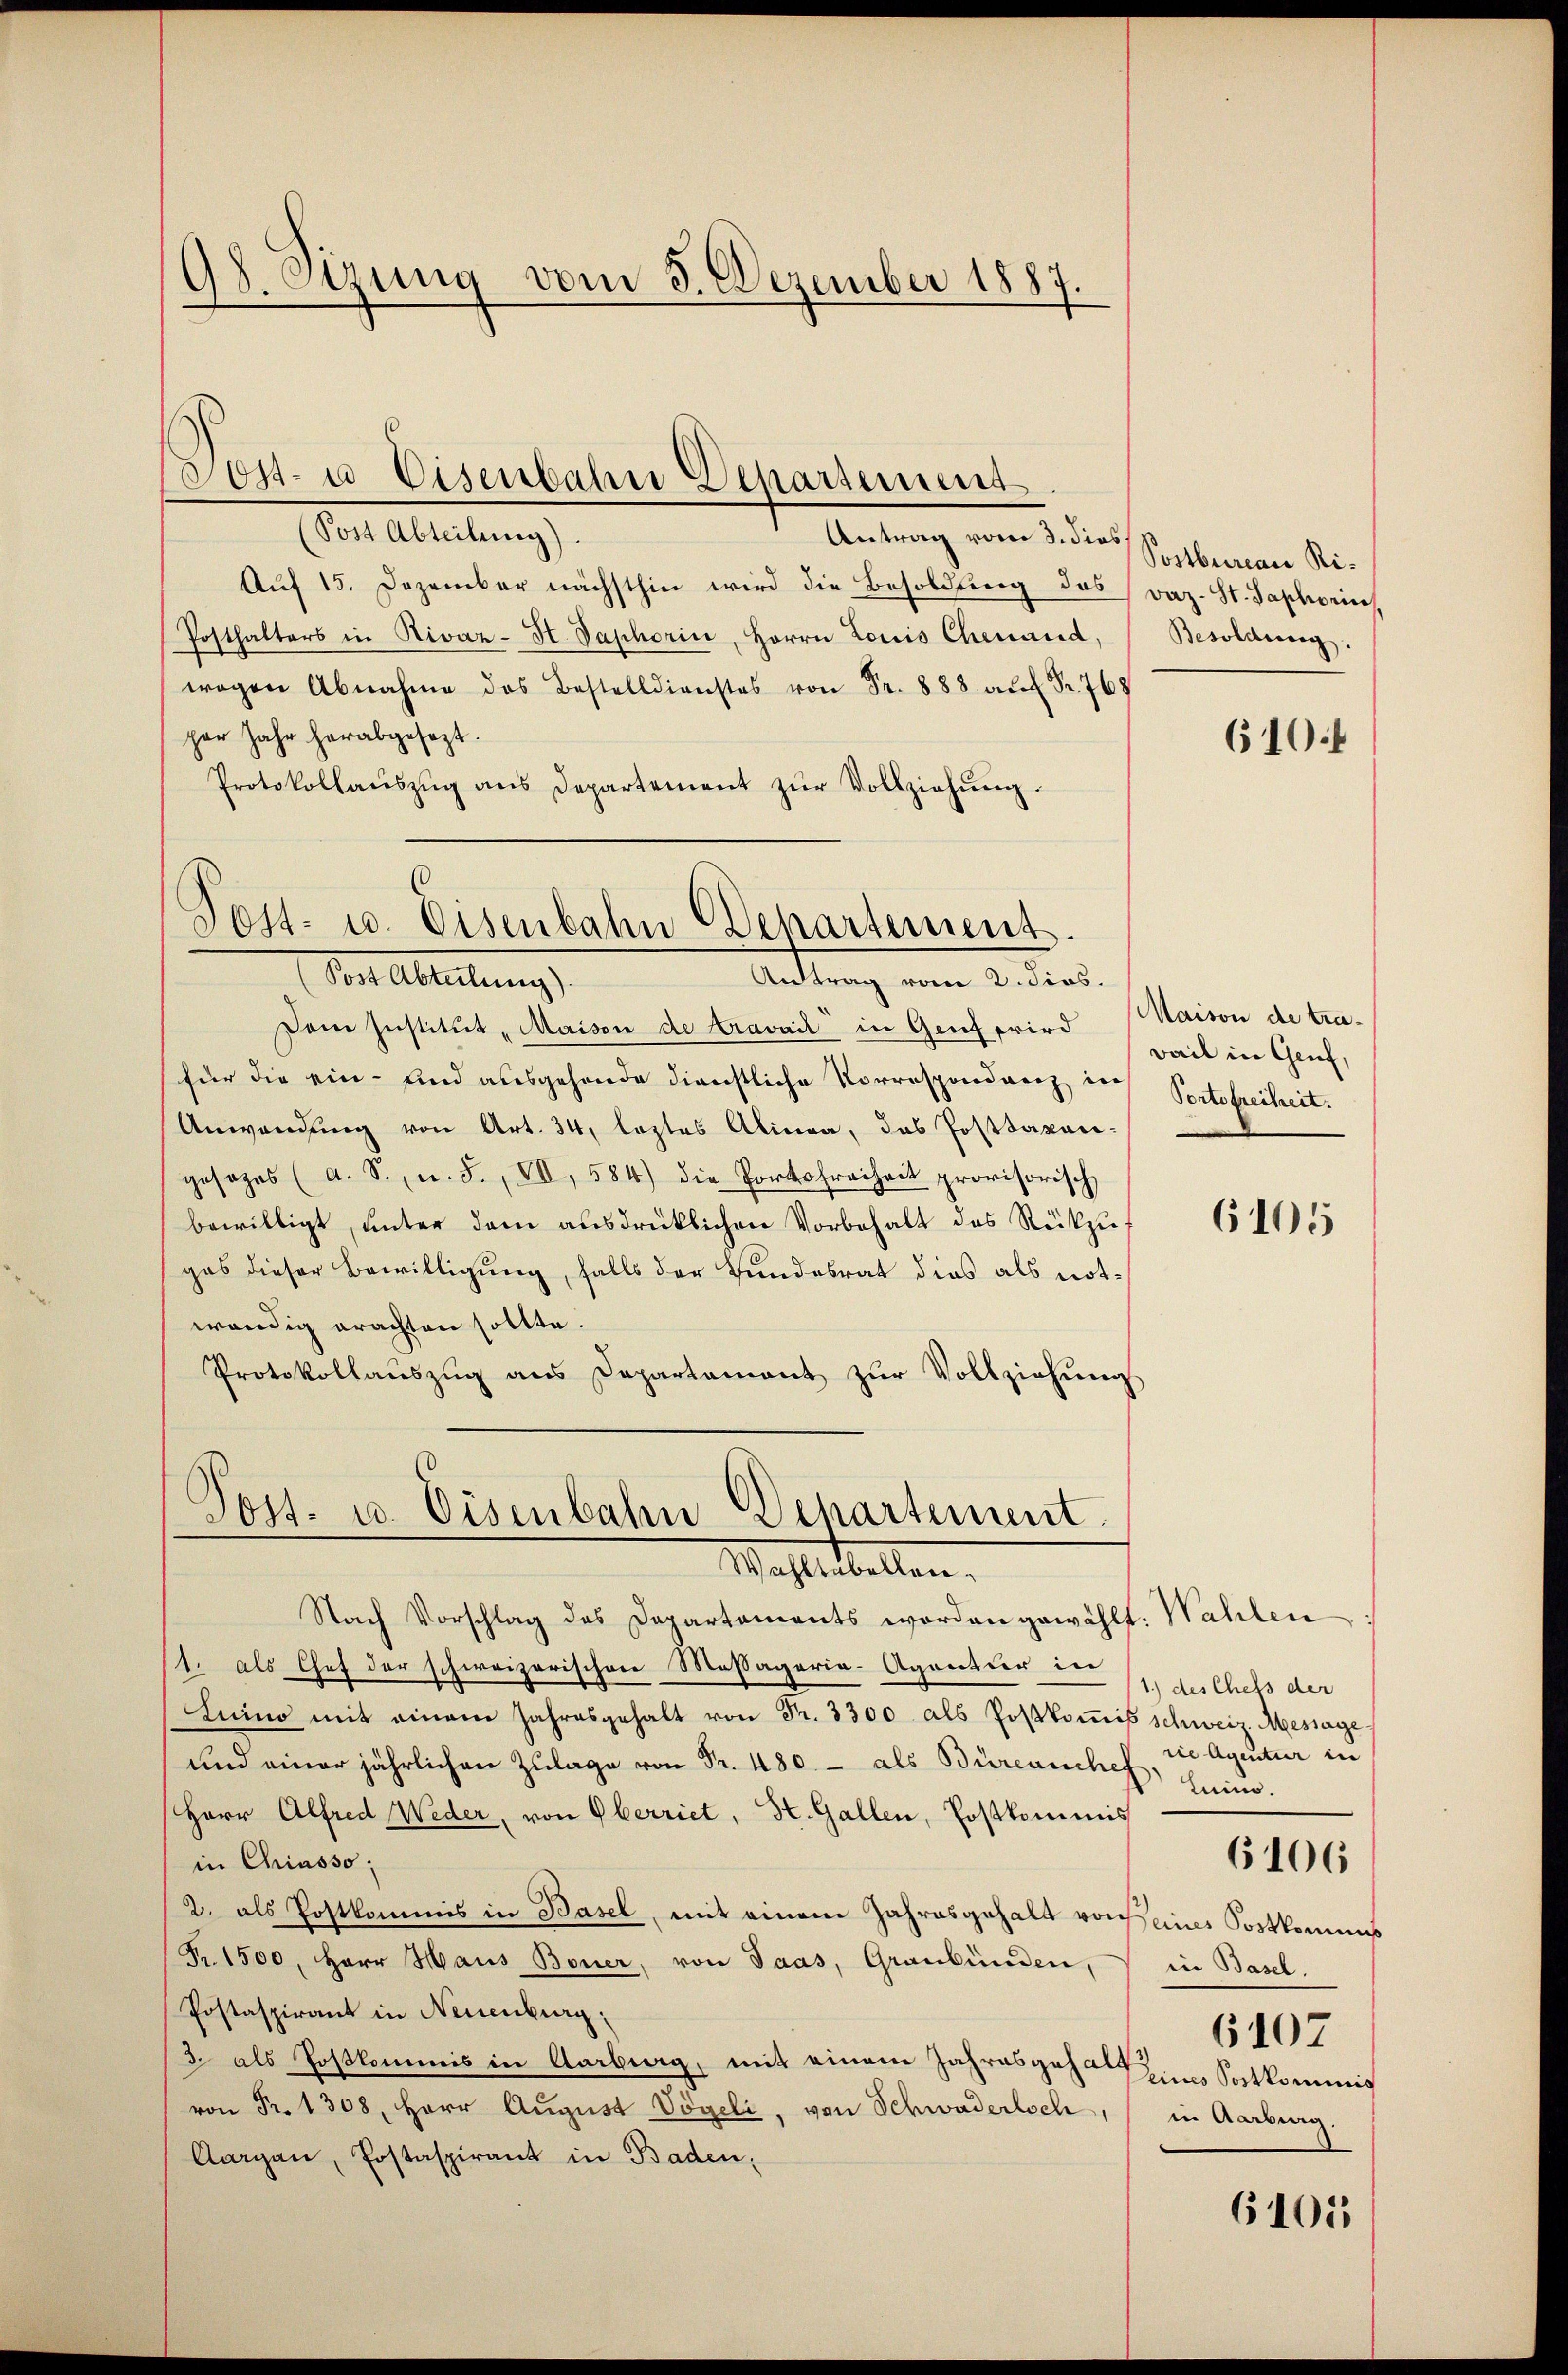
98. Sizung vom 3. Dezember 1887.

Post Abteilung).
Aŭf 15. Dezember nächsthin wird die Besoldung des vaz. St. Saphorin
Posthalters in Rivar-St. Saphorin, Herrn Louis Chenaud,
wogen Abnahme des Bestelldienstes von Fr. 888 auf Fr. 768
per Jahr herabgesezt.
Protokollaŭszŭg ans Departement zŭr Vollziehŭng.

Post- u Eisenbahn Departement
Antrag vom 3. dies

Post- u. Eisenbahn Departement.
Vor Abteilung
Antrag vom 2. Jos.

Dem Institut „Maison de travail in Genf wird weil in Genf,
(für die ein- und ausgehende dienstliche Vorrespondenz, des Portofreiheit.
Anwendung von Art. 34, leztes Alinea, das Posttaxari-
gesages (a. S., n. F. VII, 584) die Portofreiheit provisorisch
bewilligt, unter dem ausdrücklichen Vorbehalt des Rückzuges dieser Bewilligung, falls der Bundesrat dies als notwendig erachten sollte.
Protokollauszug aus Departament zur Vollziehung

Post- u. Eisenbahn Departement
Wahltabellen,

Nach Vorschlag des Departements worden gewählt. Wahlen:
(1. als Chef der schweizerischen Massagaria-Agentier in
Luino mit einem Jahresgehalt von Fr. 3300 als Postkoṁis schweiz. Message
und einer jährlichen Zulage von Fr. 480. - als Büreauches, die Agentur in
Herr Alfred Weder, von Oberriet, St. Gallen, Postkommis
in Chiasso,
2. als Postkommis in Basel, mit einem Jahresgehalt von eines Postkommis
Fr. 1500, Herr Haus Boner, von Paas, Graubünden, in Basel.
Postaspirant in Neuenburg.
3. als Postkommis in Aarburg, mit einem Jahresgehalt zum Satkommis
 Fr. 1308, Herr Aŭgŭst Vögeli, von Schwaderloch, in Aarbung
Aargau, Postaspirant in Baden,

Postbureau Ri¬
Besoldung.

610.

Maison de tra¬

6105

1.) des Chefs der
lein.
6107

6106

6101